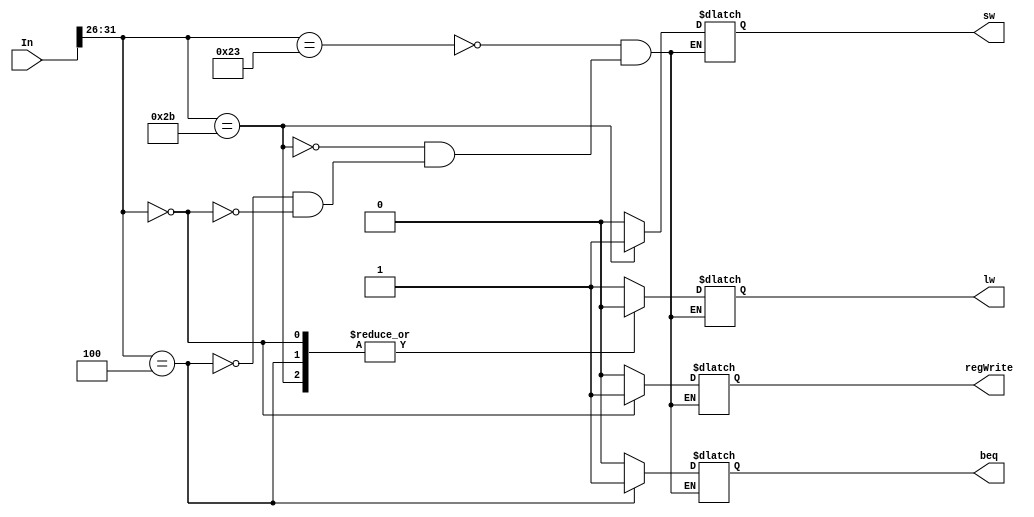
`timescale 1ns / 1ps
//////////////////////////////////////////////////////////////////////////////////
// Company: 
// Engineer: 
// 
// Design Name: 
// Module Name:    controlLogic 
// Project Name: 
// Target Devices: 
// Tool versions: 
// Description: 
//
// Dependencies: 
//
// Revision: 
// Revision 0.01 - File Created
// Additional Comments: 
//
//////////////////////////////////////////////////////////////////////////////////
module controlLogic( lw, sw, beq, regWrite, In);

input [31:0] In;
output reg lw;
output reg sw;
output reg beq;
output reg regWrite;


always @ (In)
	
		begin
		
	case (In [31:26])
	6'b100011: {lw,sw,beq,regWrite} = 4'b1000;
	6'b101011: {lw,sw,beq,regWrite} = 4'b0100;
	6'b000100: {lw,sw,beq,regWrite} = 4'b0010;
	6'b000000: {lw,sw,beq,regWrite} = 4'b0001;
	endcase
		
		end


endmodule